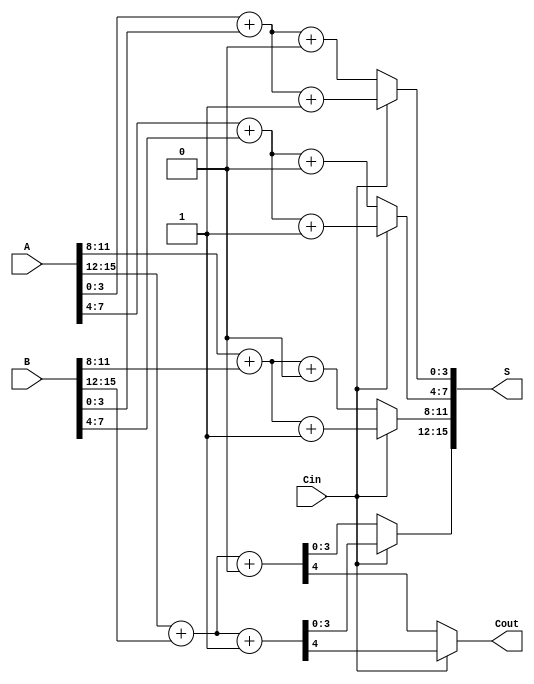
module carry_select_adder #(parameter n = 16, parameter m = 4) (
    input [n-1:0] A,      // First n-bit input
    input [n-1:0] B,      // Second n-bit input
    input Cin,            // Carry-in input
    output [n-1:0] S,     // n-bit sum output
    output Cout           // Carry-out output
);
    // Number of segments
    localparam num_segments = n / m;

    // Internal signals for sum and carry
    wire [m-1:0] Sum0[num_segments-1:0]; // Sum assuming carry-in is 0
    wire [m-1:0] Sum1[num_segments-1:0]; // Sum assuming carry-in is 1
    wire Cout0[num_segments-1:0];        // Carry-out assuming carry-in is 0
    wire Cout1[num_segments-1:0];        // Carry-out assuming carry-in is 1
    wire [num_segments:0] C;              // Carry chain

    // Generate the segments
    genvar i;
    generate
        for (i = 0; i < num_segments; i = i + 1) begin : segment
            // Calculate the segment indices
            wire [m-1:0] A_seg = A[i*m +: m];
            wire [m-1:0] B_seg = B[i*m +: m];

            // Full adder for Sum assuming Cin = 0
            assign {Cout0[i], Sum0[i]} = A_seg + B_seg + 1'b0;

            // Full adder for Sum assuming Cin = 1
            assign {Cout1[i], Sum1[i]} = A_seg + B_seg + 1'b1;

            // Calculate carry for the segments
            if (i == 0) begin
                assign C[i] = Cin;  // For the first segment, use the Cin
            end else begin
                assign C[i] = Cout0[i-1] | (Cout1[i-1] & C[i-1]);
            end
        end
    endgenerate

    // MUX to select the correct sum based on Cin
    generate
        for (i = 0; i < num_segments; i = i + 1) begin : mux
            assign S[i*m +: m] = (Cin) ? Sum1[i] : Sum0[i];
        end
    endgenerate

    // Calculate final Cout based on Cin
    assign Cout = (Cin) ? Cout1[num_segments-1] : Cout0[num_segments-1];

endmodule